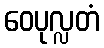
ဝေပုလ္လတံ